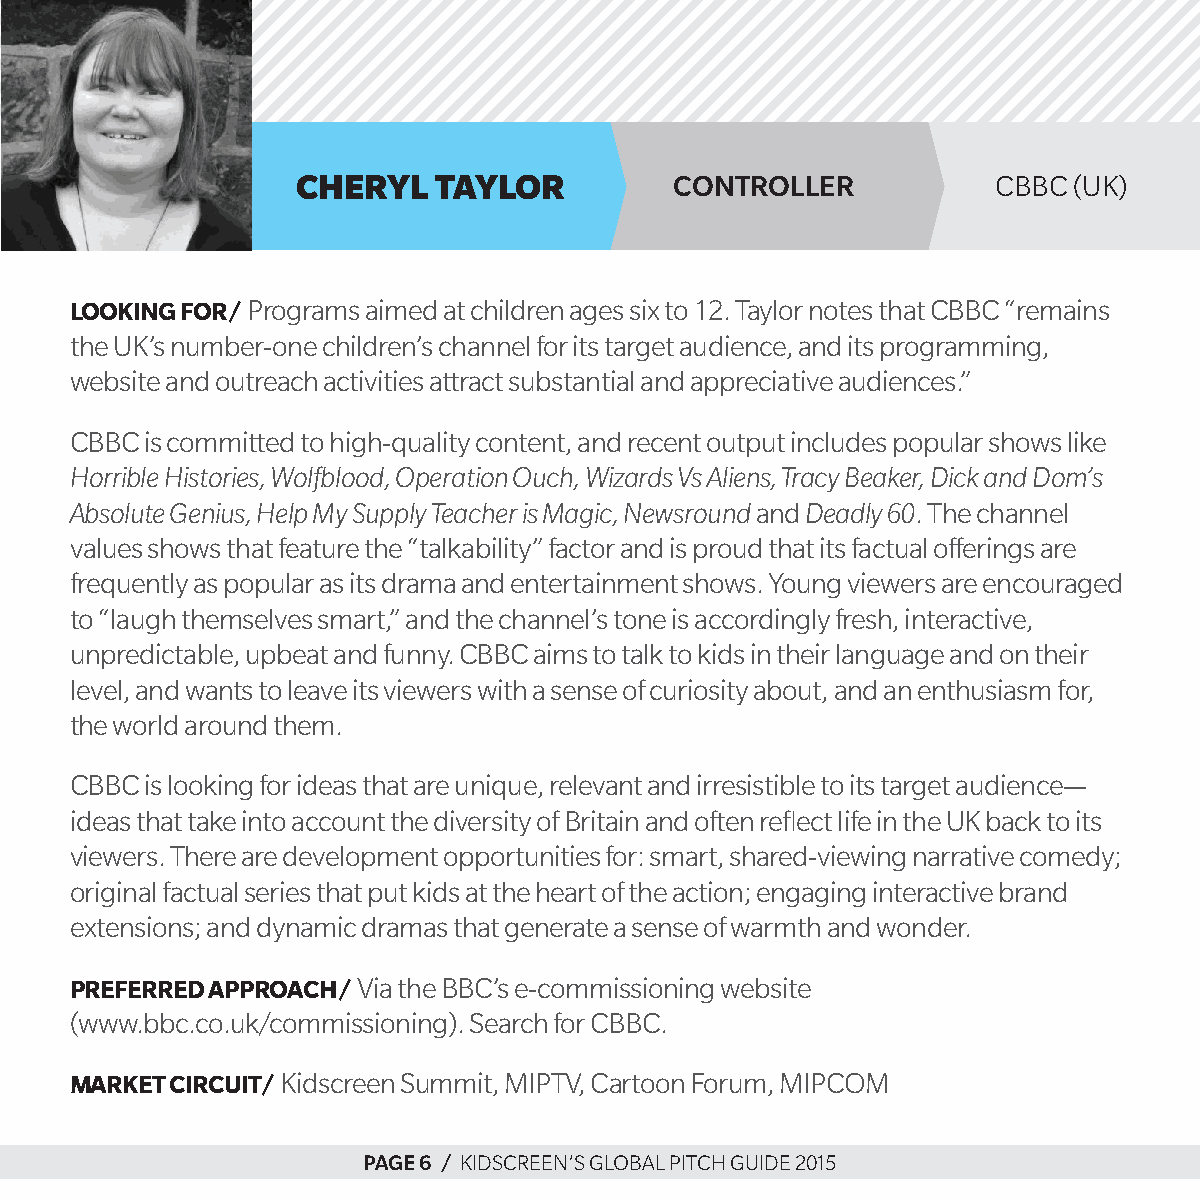
cheryl   taylor          ConTroller           cbbc (uk)
 Looking for/ programs aimed at children ages six to 12. taylor notes that cbbc “remains
 the uk’s number-one children’s channel for its target audience, and its programming,
 website and outreach activities attract substantial and appreciative audiences.”
 cbbc is committed to high-quality content, and recent output includes popular shows like
 Horrible Histories, Wolfblood, Operation Ouch, Wizards Vs Aliens, Tracy Beaker, Dick and Dom’s
 Absolute Genius, Help My Supply Teacher is Magic, Newsround and Deadly 60. the channel
 values shows that feature the “talkability” factor and is proud that its factual offerings are
 frequently as popular as its drama and entertainment shows. Young viewers are encouraged
 to “laugh themselves smart,” and the channel’s tone is accordingly fresh, interactive,
 unpredictable, upbeat and funny. cbbc aims to talk to kids in their language and on their
 level, and wants to leave its viewers with a sense of curiosity about, and an enthusiasm for,
 the world around them.
 cbbc is looking for ideas that are unique, relevant and irresistible to its target audience—
 ideas that take into account the diversity of britain and often reflect life in the uk back to its
 viewers. there are development opportunities for: smart, shared-viewing narrative comedy;
 original factual series that put kids at the heart of the action; engaging interactive brand
 extensions; and dynamic dramas that generate a sense of warmth and wonder.
 Preferred aPProach/ Via the bbc’s e-commissioning website
 (www.bbc.co.uk/commissioning). search for cbbc.
 Market circuit/ kidscreen summit, MiptV, cartoon Forum, MipcoM
 page 6 / kidscreen’s global pitch guide 2015